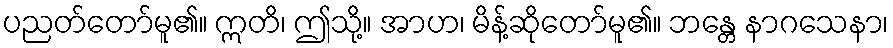
ပညတ်တော်မူ၏။ ဣတိ၊ ဤသို့။ အာဟ၊ မိန့်ဆိုတော်မူ၏။ ဘန္တေ နာဂသေနာ၊